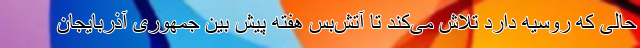
حالی که روسیه دارد تلاش می‌کند تا آتش‌بس هفته پیش بین جمهوری آذربایجان